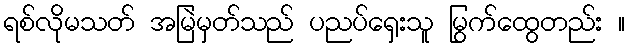
ရစ်လိုမသတ် အမြဲမှတ်သည် ပညပ်ရှေးသူ မြွက်ထွေတည်း ။